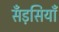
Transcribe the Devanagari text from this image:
सँड़सियाँ